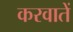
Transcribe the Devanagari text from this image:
करवातें